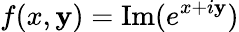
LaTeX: f(x,\mathbf{y})=\operatorname{Im}(e^{x+i\mathbf{y}})